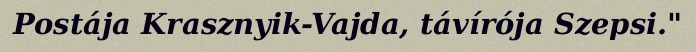
Postája Krasznyik-Vajda, távírója Szepsi."